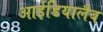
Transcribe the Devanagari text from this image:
आईडियालैब